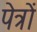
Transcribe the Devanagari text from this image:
पेत्रों